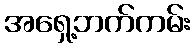
အရှေ့ဘက်ကမ်း